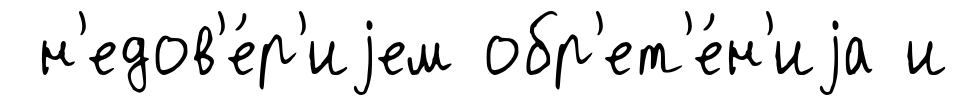
н'едов'е́р'иjем обр'ет'е́н'иjа и